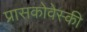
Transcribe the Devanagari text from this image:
प्रासकोवेस्की